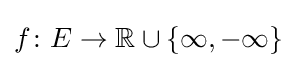
f\colon E\to \mathbb {R} \cup \{\infty ,-\infty \}